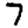
Digit: 7